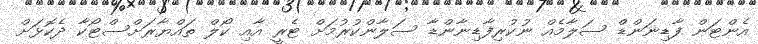
އެންޓަން ފާޑިނަންޑް ސަލާމެއް ނުކުރިފާޑިނާންޑާ ސަލާންކުރުމަށް ޓެރީ އާއި ކޯލް ތައްޔާރަށްސްޓޯކާ ދެކޮޅަށް